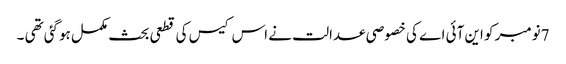
7نومبر کو این آئی اے کی خصوصی عدالت نے اس کیس کی قطعی بحث مکمل ہوگئی تھی ۔